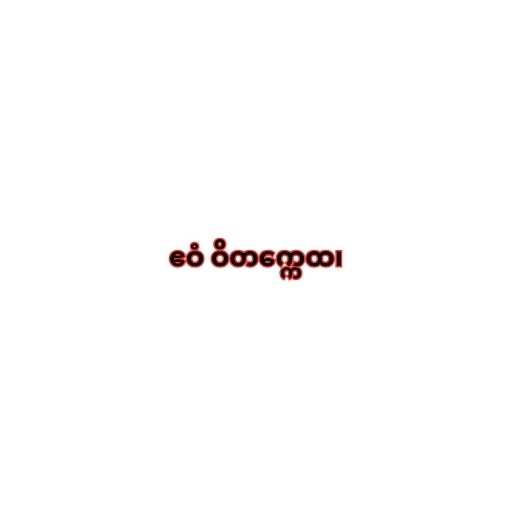
ဧဝံ ဝိတက္ကေထ၊